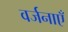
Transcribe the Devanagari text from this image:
वर्जनाएँ